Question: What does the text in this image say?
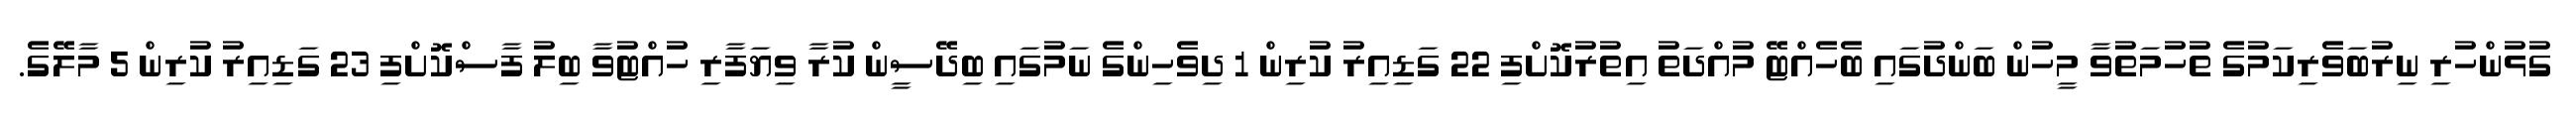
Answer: ގުޅުންހުރި ނިރުބަވެރިކަމުގެ ތުހުމަތުވާ މީހުން ބަންދުގައި ބެހެއްޓޭ މުއްދަތު އިތުރުކޮށްފި 22 ގަޑިއިރު ކުރިން 1 ދިވެހިންގެ ނަމުގައި ބިދޭސީން ކުރާ ވިޔަފާރި ހުއްޓުވާ ބިލު ފާސްކޮށްފި 23 ގަޑިއިރު ކުރިން 5 މާލޭގެ.